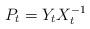
LaTeX: \begin{align*}P_t& = Y_t X_t^{-1}\end{align*}